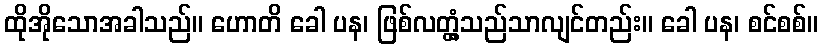
ထိုအိုသောအခါသည်။ ဟောတိ ခေါ ပန၊ ဖြစ်လတ္တံ့သည်သာလျင်တည်း။ ခေါ ပန၊ စင်စစ်။